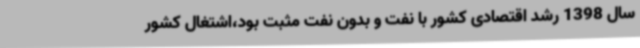
سال 1398 رشد اقتصادی کشور با نفت و بدون نفت مثبت بود،‌اشتغال کشور